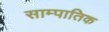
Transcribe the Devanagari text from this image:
साम्पातिक